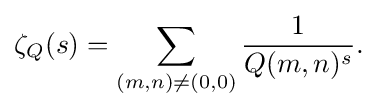
\zeta _{Q}(s)=\sum _{(m,n)\neq (0,0)}{1 \over Q(m,n)^{s}}.\